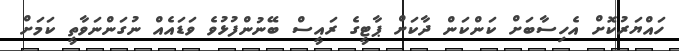
ހައްޔަރުކޮށް އެހިސާބަށް ކަންކަން ދާކަށް ޕާޓީގެ ރައީސް ބޭނުންފުޅުވެ ވަޑައެއް ނުގަންނަވާތީ ކަމަށް